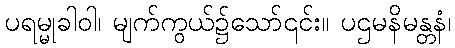
ပရမ္မုခါဝါ၊ မျက်ကွယ်၌သော်၎င်း။ ပဌမနိမန္တနံ၊